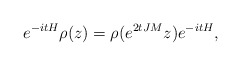
\begin{align*} e^{-itH} \rho(z) = \rho(e^{2tJM} z) e^{-itH},\end{align*}